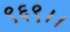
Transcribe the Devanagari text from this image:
९६९।।